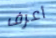
أعرف